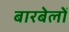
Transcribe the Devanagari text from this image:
बारबेलों